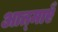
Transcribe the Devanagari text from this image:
आत्‍माएँ